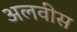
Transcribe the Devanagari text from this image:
अलवीस